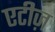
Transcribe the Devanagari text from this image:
एटीज़